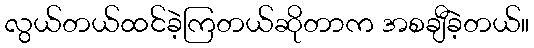
လွယ်တယ်ထင်ခဲ့ကြတယ်ဆိုတာက အစချီခဲ့တယ်။